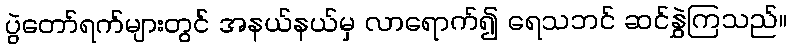
ပွဲတော်ရက်များတွင် အနယ်နယ်မှ လာရောက်၍ ရေသဘင် ဆင်နွှဲကြသည်။